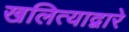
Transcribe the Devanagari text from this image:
खलित्याद्वारे